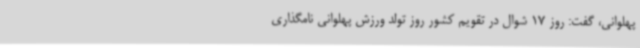
پهلوانی، گفت: روز 17 شوال در تقویم کشور روز تولد ورزش پهلوانی نامگذاری